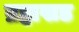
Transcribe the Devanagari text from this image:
ब्रह्मखड